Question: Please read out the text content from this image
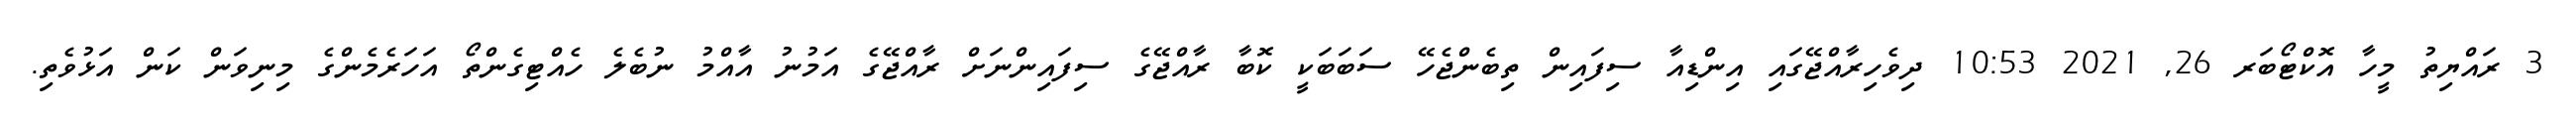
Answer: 3 ރައްޔިތު މީހާ އޮކްޓޯބަރ 26, 2021 10:53 ދިވެހިރާއްޖޭގައި އިންޑިއާ ސިފައިން ތިބެންޖެހޭ ސަބަބަކީ ކޮބާ ރާއްޖޭގެ ސިފައިންނަށް ރާއްޖޭގެ އަމުނު އާއްމު ނުބެލެ ހެއްޓިގެންތޯ އަހަރެމެންގެ މިނިވަން ކަން އަޅުވެތި.